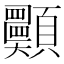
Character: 𩖈